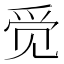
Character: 𮷄